Problem: 8 ÷ 4 = ?
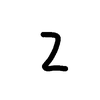
Handwritten answer: 2